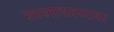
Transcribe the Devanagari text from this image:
सल्लागारपदावर